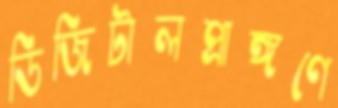
ডিজিটালপ্রাঙ্গণে